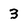
Character: 3